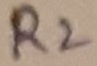
Text: R2